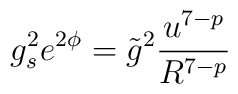
g_s^2 e^{2\phi} = \tilde{g}^2 \frac{u^{7-p}}{R^{7-p}}